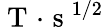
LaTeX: \mathrm{~T~}\! \cdot\! \mathrm{~s~}^{1/2}